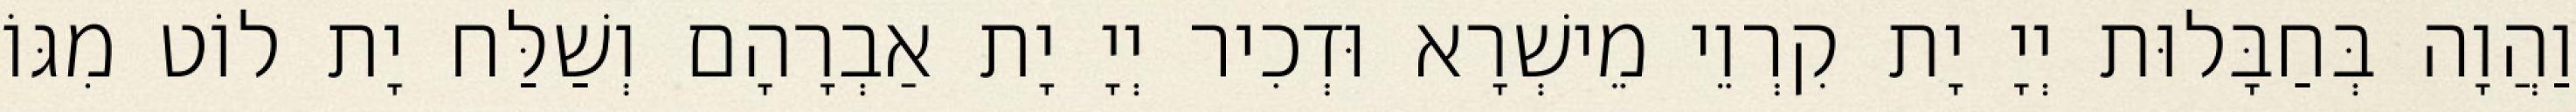
וַהֲוָה בְּחַבָּלוּת יְיָ יָת קִרְוֵי מֵישְׁרָא וּדְכִיר יְיָ יָת אַבְרָהָם וְשַׁלַּח יָת לוֹט מִגּוֹ